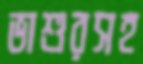
ভাশুরসহ